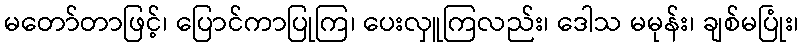
မတော်တာဖြင့်၊ ပြောင်ကာပြုကြ၊ ပေးလှူကြလည်း၊ ဒေါသ မမုန်း၊ ချစ်မပြုံး၊